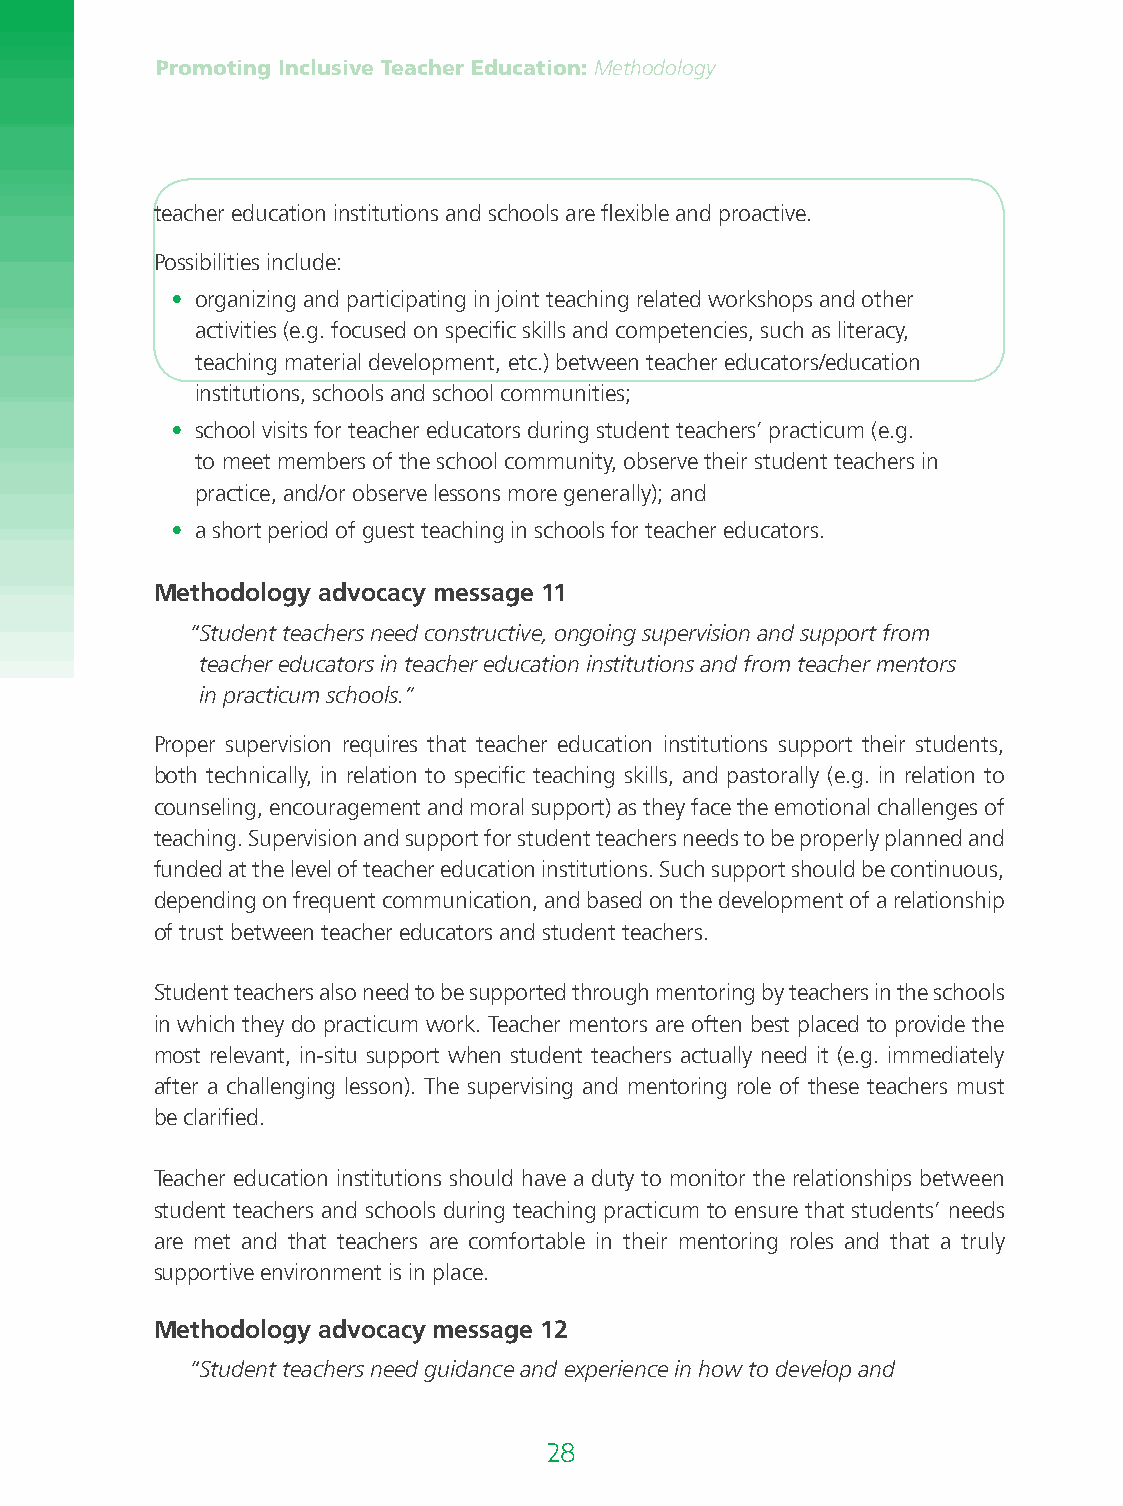
Promoting Inclusive Teacher Education: Methodology
 teacher education institutions and schools are flexible and proactive.
 Possibilities include:
 • o rganizing and participating in joint teaching related workshops and other
 activities (e.g. focused on specific skills and competencies, such as literacy,
 teaching material development, etc.) between teacher educators/education
 institutions, schools and school communities;
 • s chool visits for teacher educators during student teachers’ practicum (e.g.
 to meet members of the school community, observe their student teachers in
 practice, and/or observe lessons more generally); and
 • a short period of guest teaching in schools for teacher educators.
 Methodology advocacy message 11
 “ Student teachers need constructive, ongoing supervision and support from
 teacher educators in teacher education institutions and from teacher mentors
 in practicum schools.”
 Proper supervision requires that teacher education institutions support their students,
 both technically, in relation to specific teaching skills, and pastorally (e.g. in relation to
 counseling, encouragement and moral support) as they face the emotional challenges of
 teaching. Supervision and support for student teachers needs to be properly planned and
 funded at the level of teacher education institutions. Such support should be continuous,
 depending on frequent communication, and based on the development of a relationship
 of trust between teacher educators and student teachers.
 Student teachers also need to be supported through mentoring by teachers in the schools
 in which they do practicum work. Teacher mentors are often best placed to provide the
 most relevant, in-situ support when student teachers actually need it (e.g. immediately
 after a challenging lesson). The supervising and mentoring role of these teachers must
 be clarified.
 Teacher education institutions should have a duty to monitor the relationships between
 student teachers and schools during teaching practicum to ensure that students’ needs
 are met and that teachers are comfortable in their mentoring roles and that a truly
 supportive environment is in place.
 Methodology advocacy message 12
 “ Student teachers need guidance and experience in how to develop and
 28                                                                        29